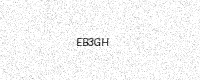
Text: EB3GH